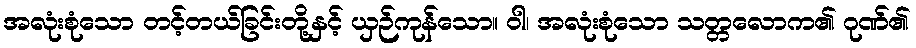
အလုံးစုံသော တင့်တယ်ခြင်းတို့နှင့် ယှဉ်ကုန်သော။ ဝါ၊ အလုံးစုံသော သတ္တလောက၏ ဂုဏ်၏